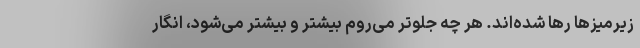
زیرمیزها رها شده‌اند. هر چه جلوتر می‌روم بیشتر و بیشتر می‌شود، انگار